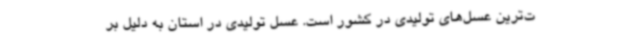
ت‌ترین عسل‌های تولیدی در کشور است. عسل تولیدی در استان به دلیل بر